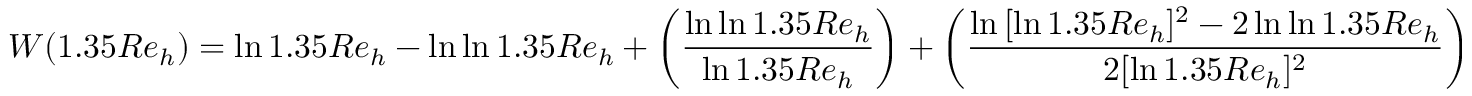
W ( 1 . 3 5 R e _ { h } ) = \ln { 1 . 3 5 R e _ { h } } - \ln { \ln { 1 . 3 5 R e _ { h } } } + \left( { \frac { \ln { \ln { 1 . 3 5 R e _ { h } } } } { \ln { 1 . 3 5 R e _ { h } } } } \right) + \left( { \frac { \ln { [ \ln { 1 . 3 5 R e _ { h } } ] ^ { 2 } - 2 \ln { \ln { 1 . 3 5 R e _ { h } } } } } { 2 [ \ln { 1 . 3 5 R e _ { h } } ] ^ { 2 } } } \right)